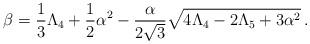
LaTeX: \begin{align*}\beta=\frac{1}{3}\Lambda_{4}+\frac{1}{2}\alpha^{2}-\frac{\alpha}{2\sqrt{3}}\sqrt{4\Lambda_{4}-2\Lambda_{5}+3\alpha^{2}}\,.\end{align*}